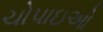
ચોપાઇઓ